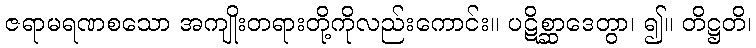
ဇရာမရဏစသော အကျိုးတရားတို့ကိုလည်းကောင်း။ ပဋိစ္ဆာဒေတွာ၊ ၍။ တိဋ္ဌတိ၊